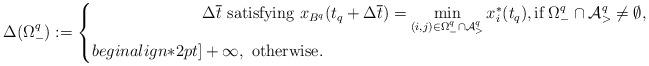
LaTeX: \begin{align*}\Delta(\Omega^q_-):= \left\{\begin{aligned}& \Delta \overline{t} \mbox{ satisfying } x_{B^q}(t_q + \Delta \overline{t} ) = \min_{(i,j) \in \Omega^q_- \cap {\cal A}^q_>} x^*_i(t_q), \mbox{if} \; \Omega^q_- \cap {\cal A}^q_> \neq \emptyset, \\begin{align*}2pt]& +\infty, \mbox{ otherwise.}\end{aligned}\right.\end{align*}